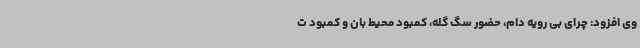
وی افزود: چرای بی رویه دام، حضور سگ گله، کمبود محیط بان و کمبود ت